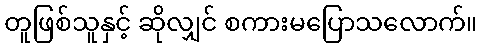
တူဖြစ်သူနှင့် ဆိုလျှင် စကားမပြောသလောက်။